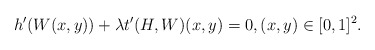
\begin{align*} h'(W(x,y)) + \lambda t'(H, W)(x,y) = 0, (x,y) \in [0,1]^2. \end{align*}